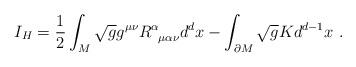
LaTeX: \begin{align*}I_H = \frac{1}{2}\int_M \sqrt{g} g^{\mu \nu}R^{\alpha}_{\;\;\mu \alpha \nu}d^dx - \int_{\partial M} \sqrt{g}K d^{d-1}x \ .\end{align*}